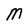
Character: M